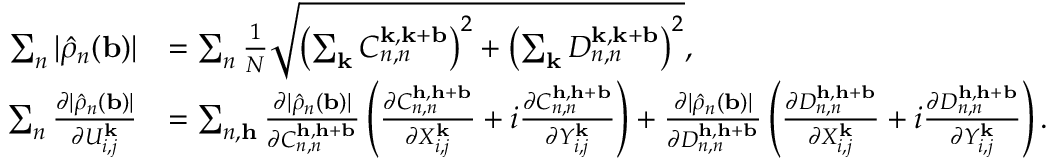
\begin{array} { r l } { \sum _ { n } | \hat { \rho } _ { n } ( \mathbf { b } ) | } & { = \sum _ { n } \frac { 1 } { N } \sqrt { \left( \sum _ { \mathbf { k } } C _ { n , n } ^ { \mathbf { k } , \mathbf { k } + \mathbf { b } } \right) ^ { 2 } + \left( \sum _ { \mathbf { k } } D _ { n , n } ^ { \mathbf { k } , \mathbf { k } + \mathbf { b } } \right) ^ { 2 } } , } \\ { \sum _ { n } \frac { \partial | \hat { \rho } _ { n } ( \mathbf { b } ) | } { \partial U _ { i , j } ^ { \mathbf { k } } } } & { = \sum _ { n , \mathbf { h } } \frac { \partial | \hat { \rho } _ { n } ( \mathbf { b } ) | } { \partial C _ { n , n } ^ { \mathbf { h } , \mathbf { h } + \mathbf { b } } } \left( \frac { \partial C _ { n , n } ^ { \mathbf { h } , \mathbf { h } + \mathbf { b } } } { \partial X _ { i , j } ^ { \mathbf { k } } } + i \frac { \partial C _ { n , n } ^ { \mathbf { h } , \mathbf { h } + \mathbf { b } } } { \partial Y _ { i , j } ^ { \mathbf { k } } } \right) + \frac { \partial | \hat { \rho } _ { n } ( \mathbf { b } ) | } { \partial D _ { n , n } ^ { \mathbf { h } , \mathbf { h } + \mathbf { b } } } \left( \frac { \partial D _ { n , n } ^ { \mathbf { h } , \mathbf { h } + \mathbf { b } } } { \partial X _ { i , j } ^ { \mathbf { k } } } + i \frac { \partial D _ { n , n } ^ { \mathbf { h } , \mathbf { h } + \mathbf { b } } } { \partial Y _ { i , j } ^ { \mathbf { k } } } \right) . } \end{array}